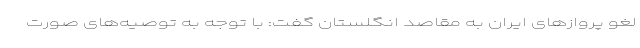
لغو پروازهای ایران به مقاصد انگلستان گفت: با توجه به توصیه‌های صورت